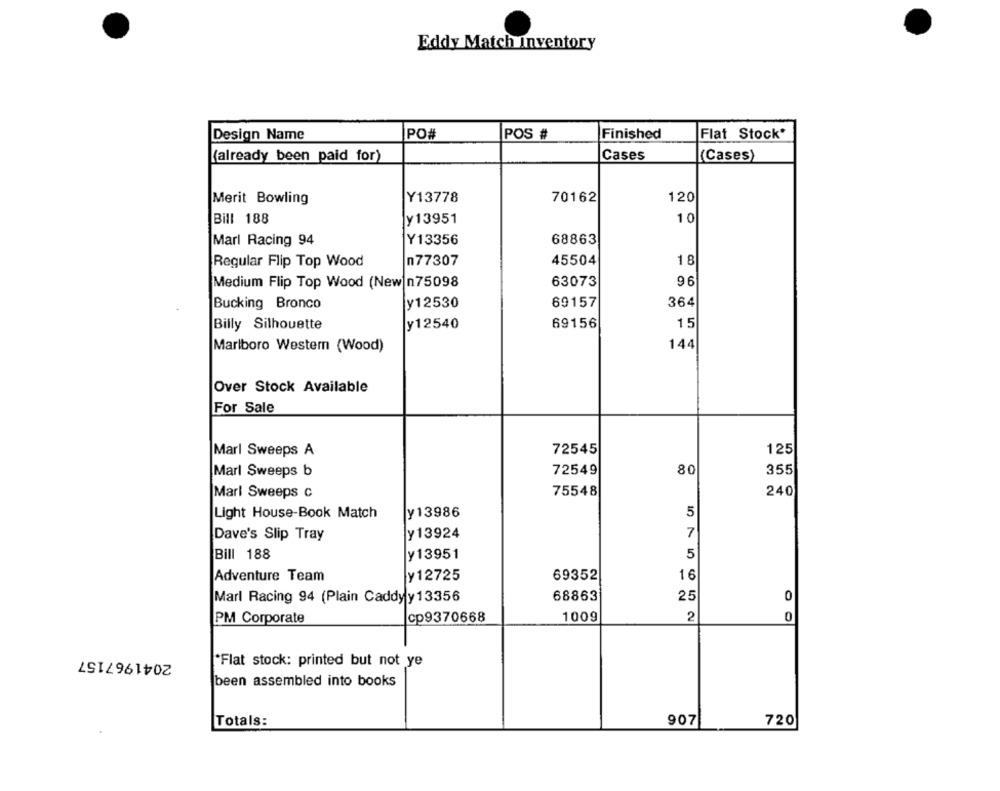
Eddy Match Inventory
PO#
Finished
Design Name
POS #
Flat Stock*
(already been paid for)
Cases
(Cases)
Y13778
70162
120
Merit Bowling
Bill 188
y13951
10
Marl Racing 94
Y13356
68863
n77307
45504
18
Regular Flip Top Wood
Medium Flip Top Wood (New n75098
63073
96
Bucking Bronco
y12530
69157
364
Billy Silhouette
y12540
69156
15
Marlboro Western (Wood)
144
Over Stock Available
For Sale
72545
125
Marl Sweeps A
Marl Sweeps b
72549
80
355
Marl Sweeps c
75548
240
Light House-Book Match
y13986
5
Dave's Slip Tray
y13924
7
Bill 188
y13951
5
Adventure Team
y12725
69352
1 6
Marl Racing 94 (Plain Caddy y 13356
68863
25
0
1009
2
0
PM Corporate
cp9370668
2041967157
"Flat stock: printed but not ye
been assembled into books
Totals:
907
720